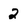
Character: 2